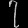
Digit: ၇